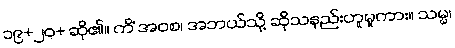
၁၉+၂၀+ ဆို၏။ ကိံ အဝစ၊ အဘယ်သို့ ဆိုသနည်းဟူမူကား။ သမ္မ၊